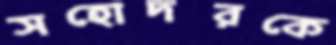
সহোদরকে